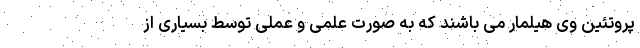
پروتئین وی هیلمار می باشند که به صورت علمی و عملی توسط بسیاری از